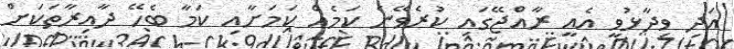
އަދި ވިދާޅުވީ އެއީ ރާއްޖޭގައި ކުރެވޭނެ ކަމެއް ކަމަށާއި ކަމާ ބެހޭ ދާއިރާތަކަށް